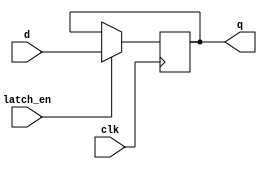
module transparent_latch (
    input wire clk,
    input wire latch_en,
    input wire d,
    output reg q
);

always @(posedge clk) begin
    if (latch_en) begin
        q <= d;
    end
end

endmodule